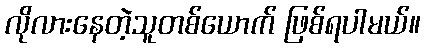
လိုလားနေတဲ့သူတစ်ယောက် ဖြစ်ရပါမယ်။